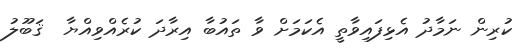
ކުރިން ނަމާދު އެޅިފައިވާތީ އެކަމަށް ވާ ތައުބާ އިރާދަ ކުރެއްވިއްޔާ  ޤަބޫލު